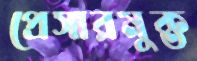
প্রেসারমুক্ত